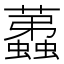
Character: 𧔏